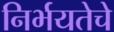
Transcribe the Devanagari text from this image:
निर्भयतेचे